Malaria in the Duars
Disease focus: Malaria
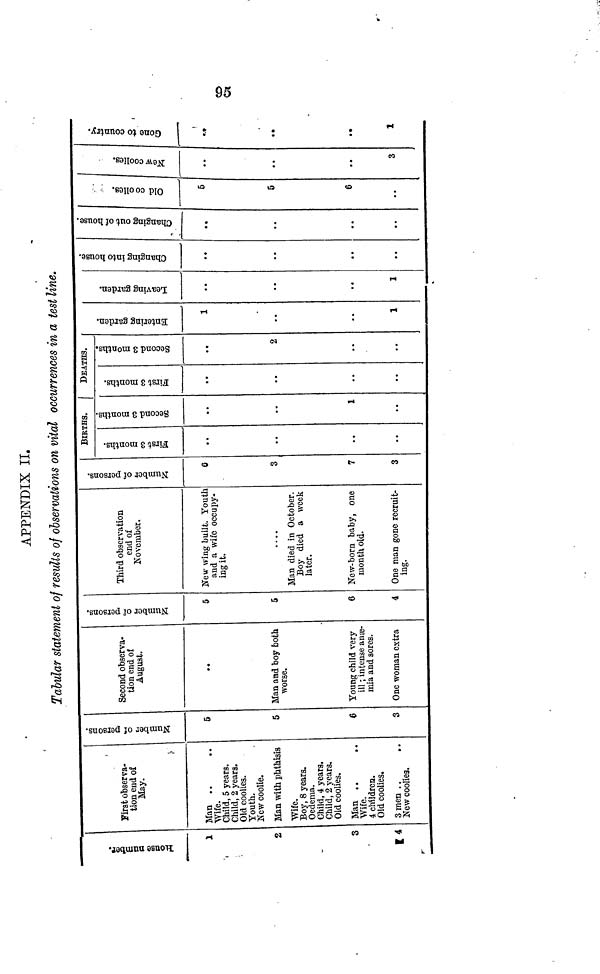
95
APPENDIX II.
Tabular statement of results of observations on vital occurrences in a test line.
House number.
1
2
3
F 4
First observa-
tion end of
May.
Man
Wife.
Child, 5 years.
Child, 2 years.
Old coolies.
Youth.
New coolie.
Man with phthisis
Wife.
Boy, 8 years.
Oedema.
Child, 4 years.
Child, 2 years.
Old coolies.
Man
Wife.
4 children.
Old coolies.
3 men . .
. .
New coolies.
Number of
persons.
5
5
6
3
Second observa-
tion end of
August.
Man and boy both
worse.
Young child very
ill ; intense anæ-
mia and sores.
One woman extra
Number of
persons.
5
5
6
4
Third observation
end of
November.
New wing built. Youth
and a wife occupy-
ing it.
....
Man died in October.
Boy died a week
later.
New-born baby, one
month old.
One man gone recruit-
ing.
Number of
persons.
6
3
7
3
BIRTHS.
First 3
months.
..
Second 3
months.
1
DEATHS.
First 3
months.
Second 3
months.
2
Entering Garden.
1
1
Leaving Garden.
..
1
Changing into house.
Changing out of house.
Old Coolies.
5
5
6
New Coolies.
..
3
Gone to Country.
..
1